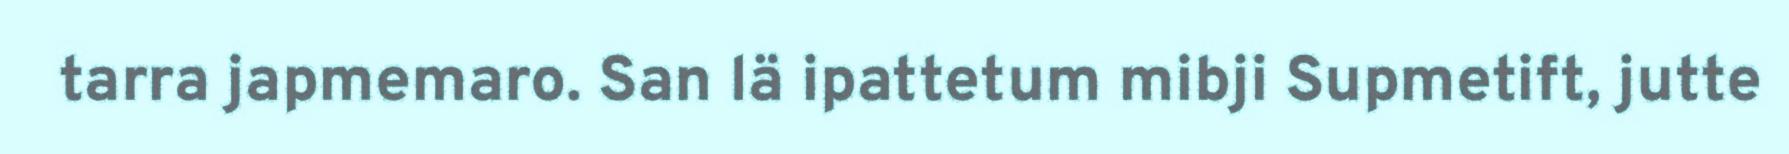
tarra japmemaro. San lä ipattetum mibji Supmetift, jutte